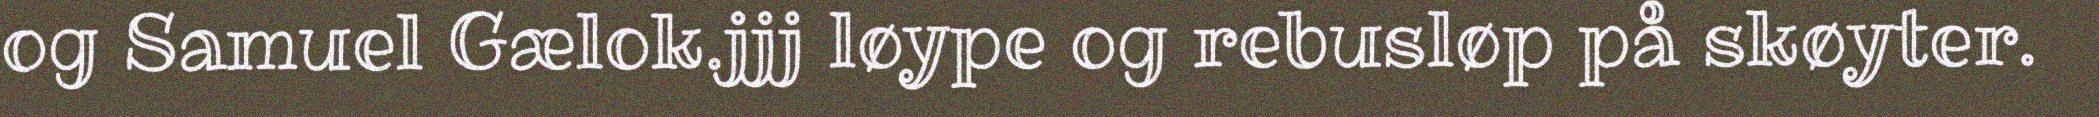
og Samuel Gælok.jjj løype og rebusløp på skøyter.